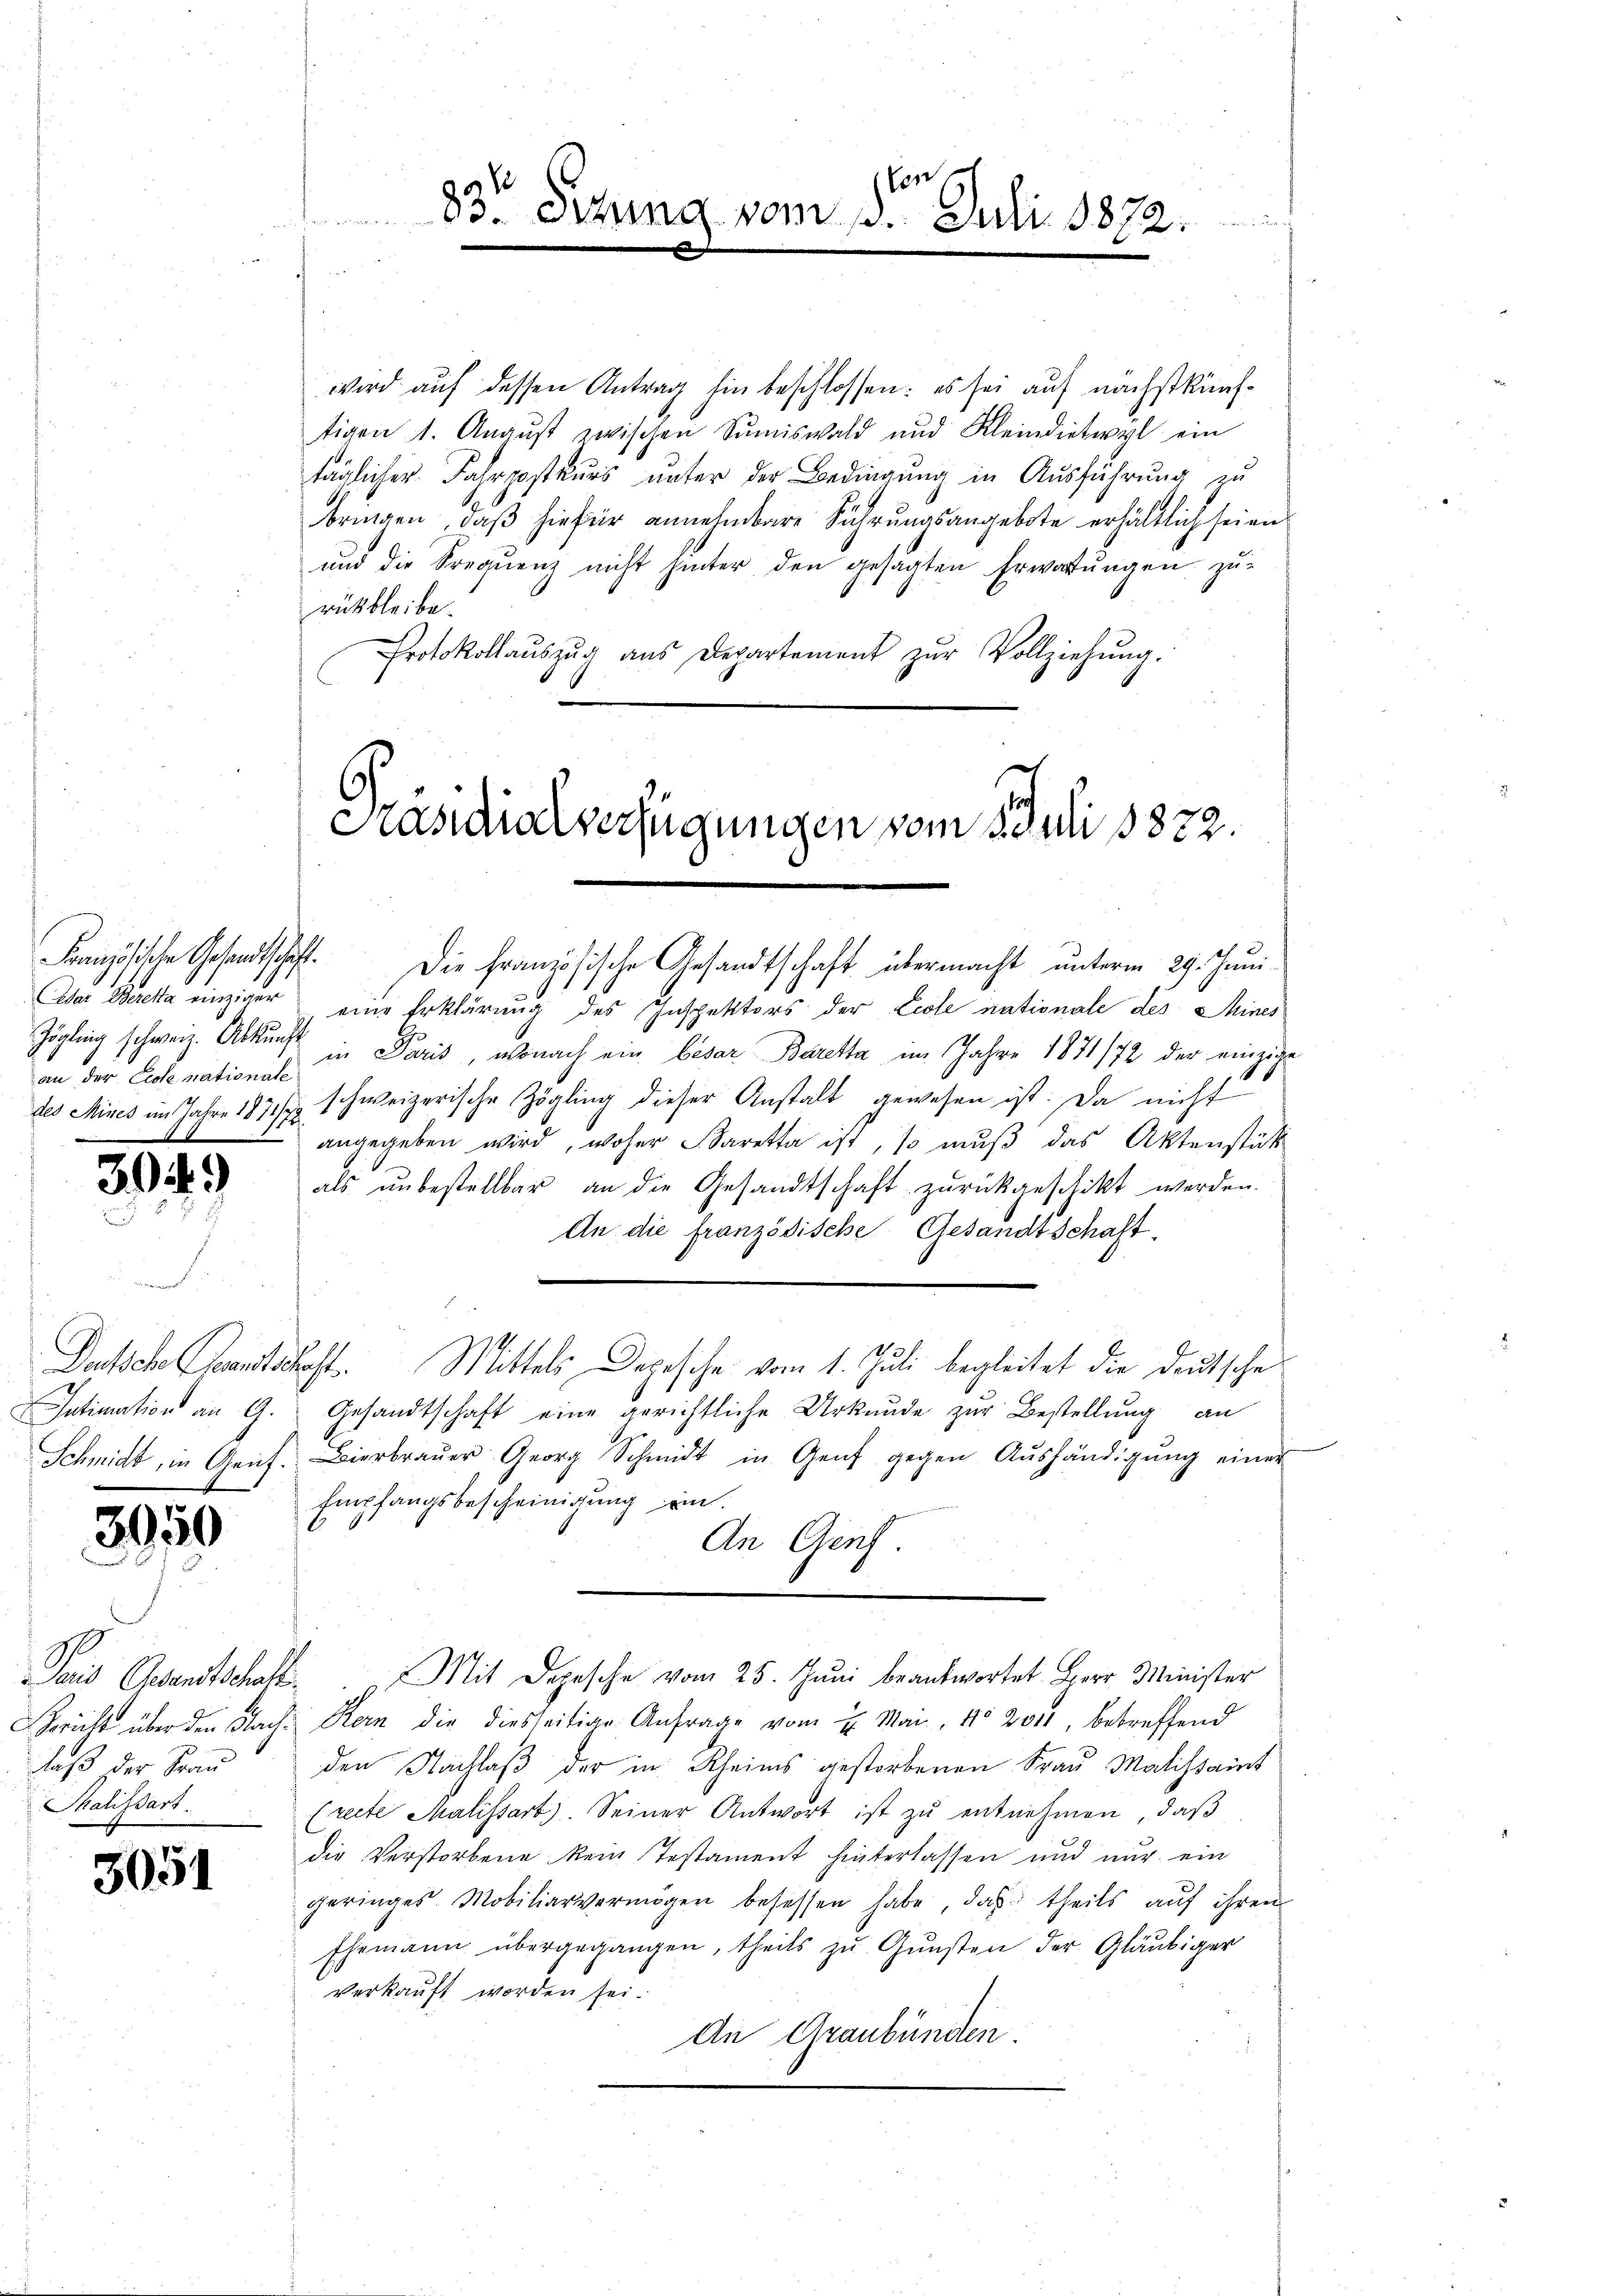
Französische Gesandtschaft.
an der Ecole nationate

30.

)

3050

daß der Frau
Thalissart.

3051

ten
83te Sitzung vom 15. Juli 1872.

wird auf dessen Antrag hin beschlossen: es sei auf nächstkünftigen 1. August zwischen Summiswald und Kleindietwyl ein
täglicher Fahrpostkurs unter der Bedingung in Ausführung zu
bringen, daß hiefür annehmbare Führungsangebote erhältlich seien
und die Frequenz nicht hinter den gesagten Erwartungen zurükbleibe.
Protokollaŭszŭg aŭs Departement zŭr Vollziehŭng.

Präsidialverfügungen vom 1 Juli 1822.

Die Französische Gesandtschaft übermacht unterm 29. Juni
Aaser Bereka einziger eine Erklärung des Inspektors der Ecole nationale des Mines
Zögling schweiz. Abkunft in Paris, wonach ein besar Barette im Jahre 1871/72 der einzige
des Mines im Jahre 1871/ schweizerische Zögling dieser Anstalt gewesen ist. Da nicht
angegeben wird, woher aretta ist, so muß das Aktenstütz
als unbestellbar an die Gesandtschaft zurückgeschikt werden.
An die französische Gesandtschaft.
Dutsche entschaft. Mittels Depesche vom 1. Juli begleitet die Deutsche
Intimation an G. Gesandtschaft eine gerichtliche Urkunde zur Bestellung an
Schmidt, in Genf. Bierbraŭer Georg Schmidt in Genf gegen Aŭshändigŭng einer
Empfangsbescheinigung ein
An Genf.
Taid Gesandtschaft. Mit Depesche vom 25. Juni beantwortet Herr Minister
Gericht über den Nach Kern die diesseitige Anfrage vom 4. Mai, No 201, betreffend
den Nachlaß der in Rheins gestorbenen Frau Malistait
(recte Malissart. Seiner Antwort ist zŭ entnehmen, daβ
die Verstorbene kein Testament hinterlassen und nur ein
geringes. Mobiliarvermögen besessen habe, das theils aŭf ihren
Ehemann übergegangen, theils zŭ Gŭnsten der Gläubiger
verkauft worden sei.
An Graubünden